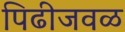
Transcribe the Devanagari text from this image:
पिढीजवळ